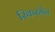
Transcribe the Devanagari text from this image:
रिकरमेन